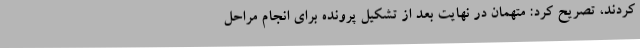
کردند، تصریح کرد: متهمان در نهایت بعد از تشکیل پرونده برای انجام مراحل